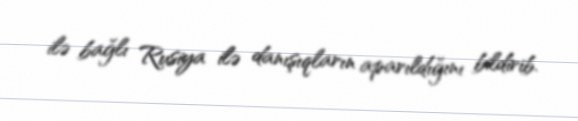
ilə bağlı Rusiya ilə danışıqların aparıldığını bildirib.